Annual vaccination report of Bihar and Orissa - 1911-1928
Year: 1911
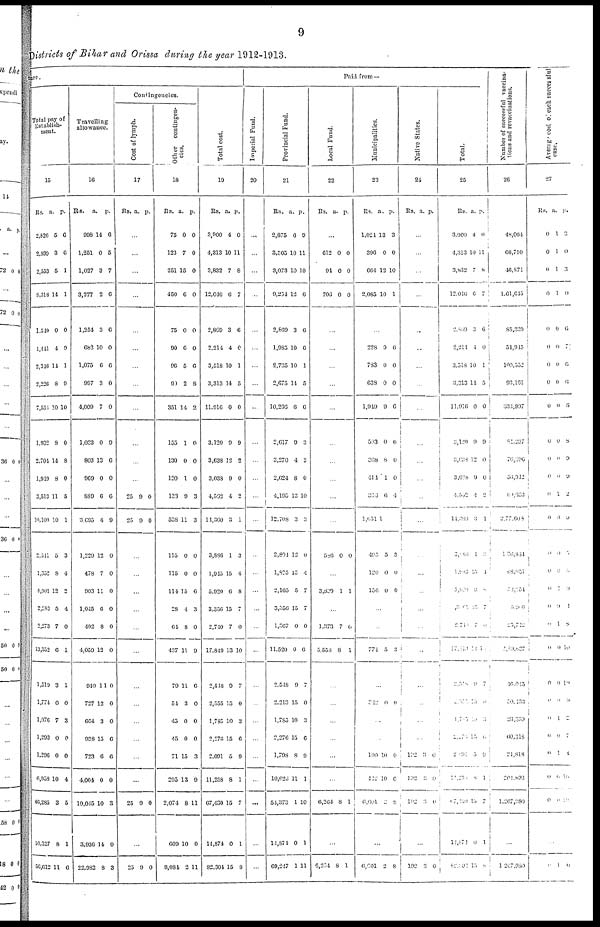
9
Districts of Bihar and Orissa during the year 1912-1913.
ture
Total pay of
Establish-
ment.
15
Rs.
2,626
2,939
2,553
8,318
1,540
1,441
2,346
2,226
7,554
1,932
2,704
1,919
3,513
10,100
2,511
1,352
4,901
2,283
2,273
13,352
1,519
1,774
1,076
1,293
1,296
6,958
46,285
10,327
56,612
a.
5
3
5
14
0
4
14
8
10
8
14
8
11
10
5
8
12
5
7
0
3
0
7
0
0
10
3
8
11
p.
6
6
1
1
0
0
1
9
10
0
8
0
5
1
3
4
2
4
0
1
1
0
3
0
0
4
5
1
6
Travelling
allowance.
16
Rs.
998
1,251
1,027
3,277
1,254
682
1,075
997
4,009
1,033
803
969
889
3,695
1,229
478
903
1,015
402
4,059
949
727
664
938
723
4,004
19,045
3,936
22,982
a.
14
0
3
2
3
10
0
3
7
0
13
0
6
4
12
7
11
6
8
12
11
12
3
15
6
0
10
14
8
p.
6
5
7
6
6
0
6
0
0
0
6
0
6
9
0
0
0
0
0
0
0
0
0
6
6
0
3
0
3
Contingencies.
Cost of lymph.
17
Rs. a. p.
...
...
...
...
...
...
...
...
...
...
...
...
25
25
9
9
0
0
...
...
...
...
...
...
...
...
...
...
...
...
25 9 0
...
25 9 0
Other
contingen-
cies.
18
Rs.
75
123
251
450
75
90
96
90
351
155
130
120
133
538
115
115
114
28
64
437
79
51
45
45
71
295
2,074
609
8,084
a.
0
7
15
6
0
6
5
2
14
1
0
1
9
11
0
0
15
4
8
11
11
3
0
0
15
13
8
10
2
p.
0
0
0
0
0
0
6
8
2
0
0
0
3
3
0
0
6
3
0
9
6
0
0
0
3
9
11
0
11
Total cost.
19
Rs.
3,900
4,313
3,832
12,046
2,869
2,214
3,518
3,313
11,916
3,120
3,638
3,038
4,562
14,360
3,886
1,915
5,920
3,356
2,740
17,849
2,518
2,555
1,785
2,276
2,091
11,258
67,430
14,874
82,304
a.
4
10
7
6
3
4
10
14
0
9
12
9
4
3
1
15
6
15
7
13
9
15
10
15
5
8
15
0
15
p.
0
11
8
7
6
0
1
5
0
9
2
0
2
1
3
4
8
7
0
10
7
0
3
6
9
1
7
1
8
Paid from—
Imperial Fund.
20
...
...
...
...
...
...
...
...
...
...
...
...
...
...
...
...
...
...
...
...
...
...
...
...
...
...
...
...
...
Provincial Fund.
21
Rs.
2,875
3,305
3,073
9,254
2,869
1,985
2,735
2,675
10,266
2,617
3,270
2,624
4,195
12,708
2,804
1,825
2,165
3,356
1,367
11,520
2,548
2,213
1,785
2,276
1,708
10,623
54,373
14,874
69,247
a.
6
10
10
12
3
10
10
14
6
9
4
8
13
3
12
15
5
15
0
0
9
15
10
15
8
11
1
0
1
p.
9
11
10
6
6
6
1
5
6
3
2
0
10
3
0
4
7
7
0
6
7
0
3
6
0
1
10
1
11
Local Fund.
22
Rs.
a. p.
...
612
94
706
0
0
0
0
0
0
...
...
...
...
...
...
...
...
...
...
556 0 0
...
3,599 1 1
...
1,373
5,558
7
8
0
1
...
...
...
...
...
...
6,264 8 1
...
6,264 8 1
Municipalities.
23
Rs.
1,024
396
664
2,085
a.
13
0
12
10
p.
3
0
10
1
...
228
783
638
1,949
503
368
414
363
1,651
495
120
156
9
0
0
9
0
8
1
6
1
5
0
0
6
0
0
6
6
0
0
4
3
0
0
...
...
771 5 3
...
342 0 0
...
...
100
112
6,601
10
10
2
0
0
8
...
6,601 2 8
Native States.
24
Rs. a. p.
...
...
...
...
...
...
...
...
...
...
...
...
...
...
...
...
...
...
...
...
...
...
...
...
192
192
192
3
3
3
0
0
0
...
102 3 0
Total.
25
Rs.
3,900
4,313
3,832
12,016
2,869
2,214
3,518
3,313
11,916
3,120
3,688
3,078
4,562
11,369
3,186
l,915
5,929
365
2,710
17,819
2,518
2,555
1,705
2,276
2,091
11,250
67,139
11,874
82,301
a.
4
10
7
6
3
4
10
11
0
9
12
9
4
3
4
15
6
15
7
13
9
15
10
15
5
8
15
0
15
p.
0
11
8
7
6
0
1
5
0
9
0
0
2
1
6
4
8
7
0
10
7
0
3
6
9
1
7
1
8
Number of successful vaccina-
tions and revaccinations.
26
48,064
66,710
40,871
1,61,645
85,389
51,945
100,552
93,161
333,997
84,237
76,996
36,912
69,933
2,77,608
1,86,854
68,054
53,254
5,906
25,712
2,89,867
16,015
50,153
23,359
60,318
21,818
201,893
1,267,980
...
1,267,980
Average
cost of each successful
case.
27
Rs.
0
0
0
0
0
0
0
0
0
0
0
0
0
0
0
0
0
0
0
0
0
0
0
0
0
0
0
a.
1
1
1
1
0
0
0
0
0
0
0
0
1
0
0
0
1
9
1
0
0
0
1
0
1
0
0
p.
3
0
3
0
6
7
6
6
6
8
9
0
2
9
5
6
9
1
8
10
19
9
2
7
4
10
10
...
0 1 0